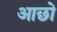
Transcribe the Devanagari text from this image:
आछो